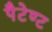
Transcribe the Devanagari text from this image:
पैटेण्ट